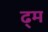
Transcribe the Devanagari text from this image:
ढ्म